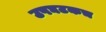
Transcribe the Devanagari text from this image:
उपघटकच